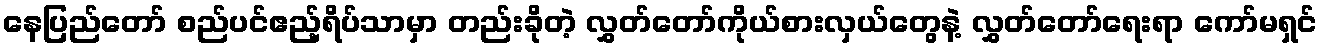
နေပြည်တော် စည်ပင်ဧည့်ရိပ်သာမှာ တည်းခိုတဲ့ လွှတ်တော်ကိုယ်စားလှယ်တွေနဲ့ လွှတ်တော်ရေးရာ ကော်မရှင်